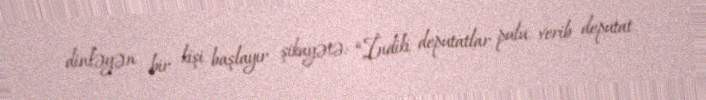
dinləyən bir kişi başlayır şikayətə: “İndiki deputatlar pulu verib deputat